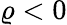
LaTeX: \varrho<0